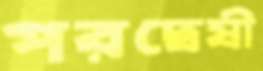
পরদ্বেষী